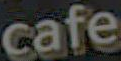
cafe